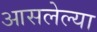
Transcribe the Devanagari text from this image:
आसलेल्या